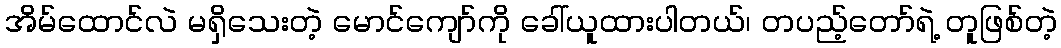
အိမ်ထောင်လဲ မရှိသေးတဲ့ မောင်ကျော်ကို ခေါ်ယူထားပါတယ်၊ တပည့်တော်ရဲ့ တူဖြစ်တဲ့